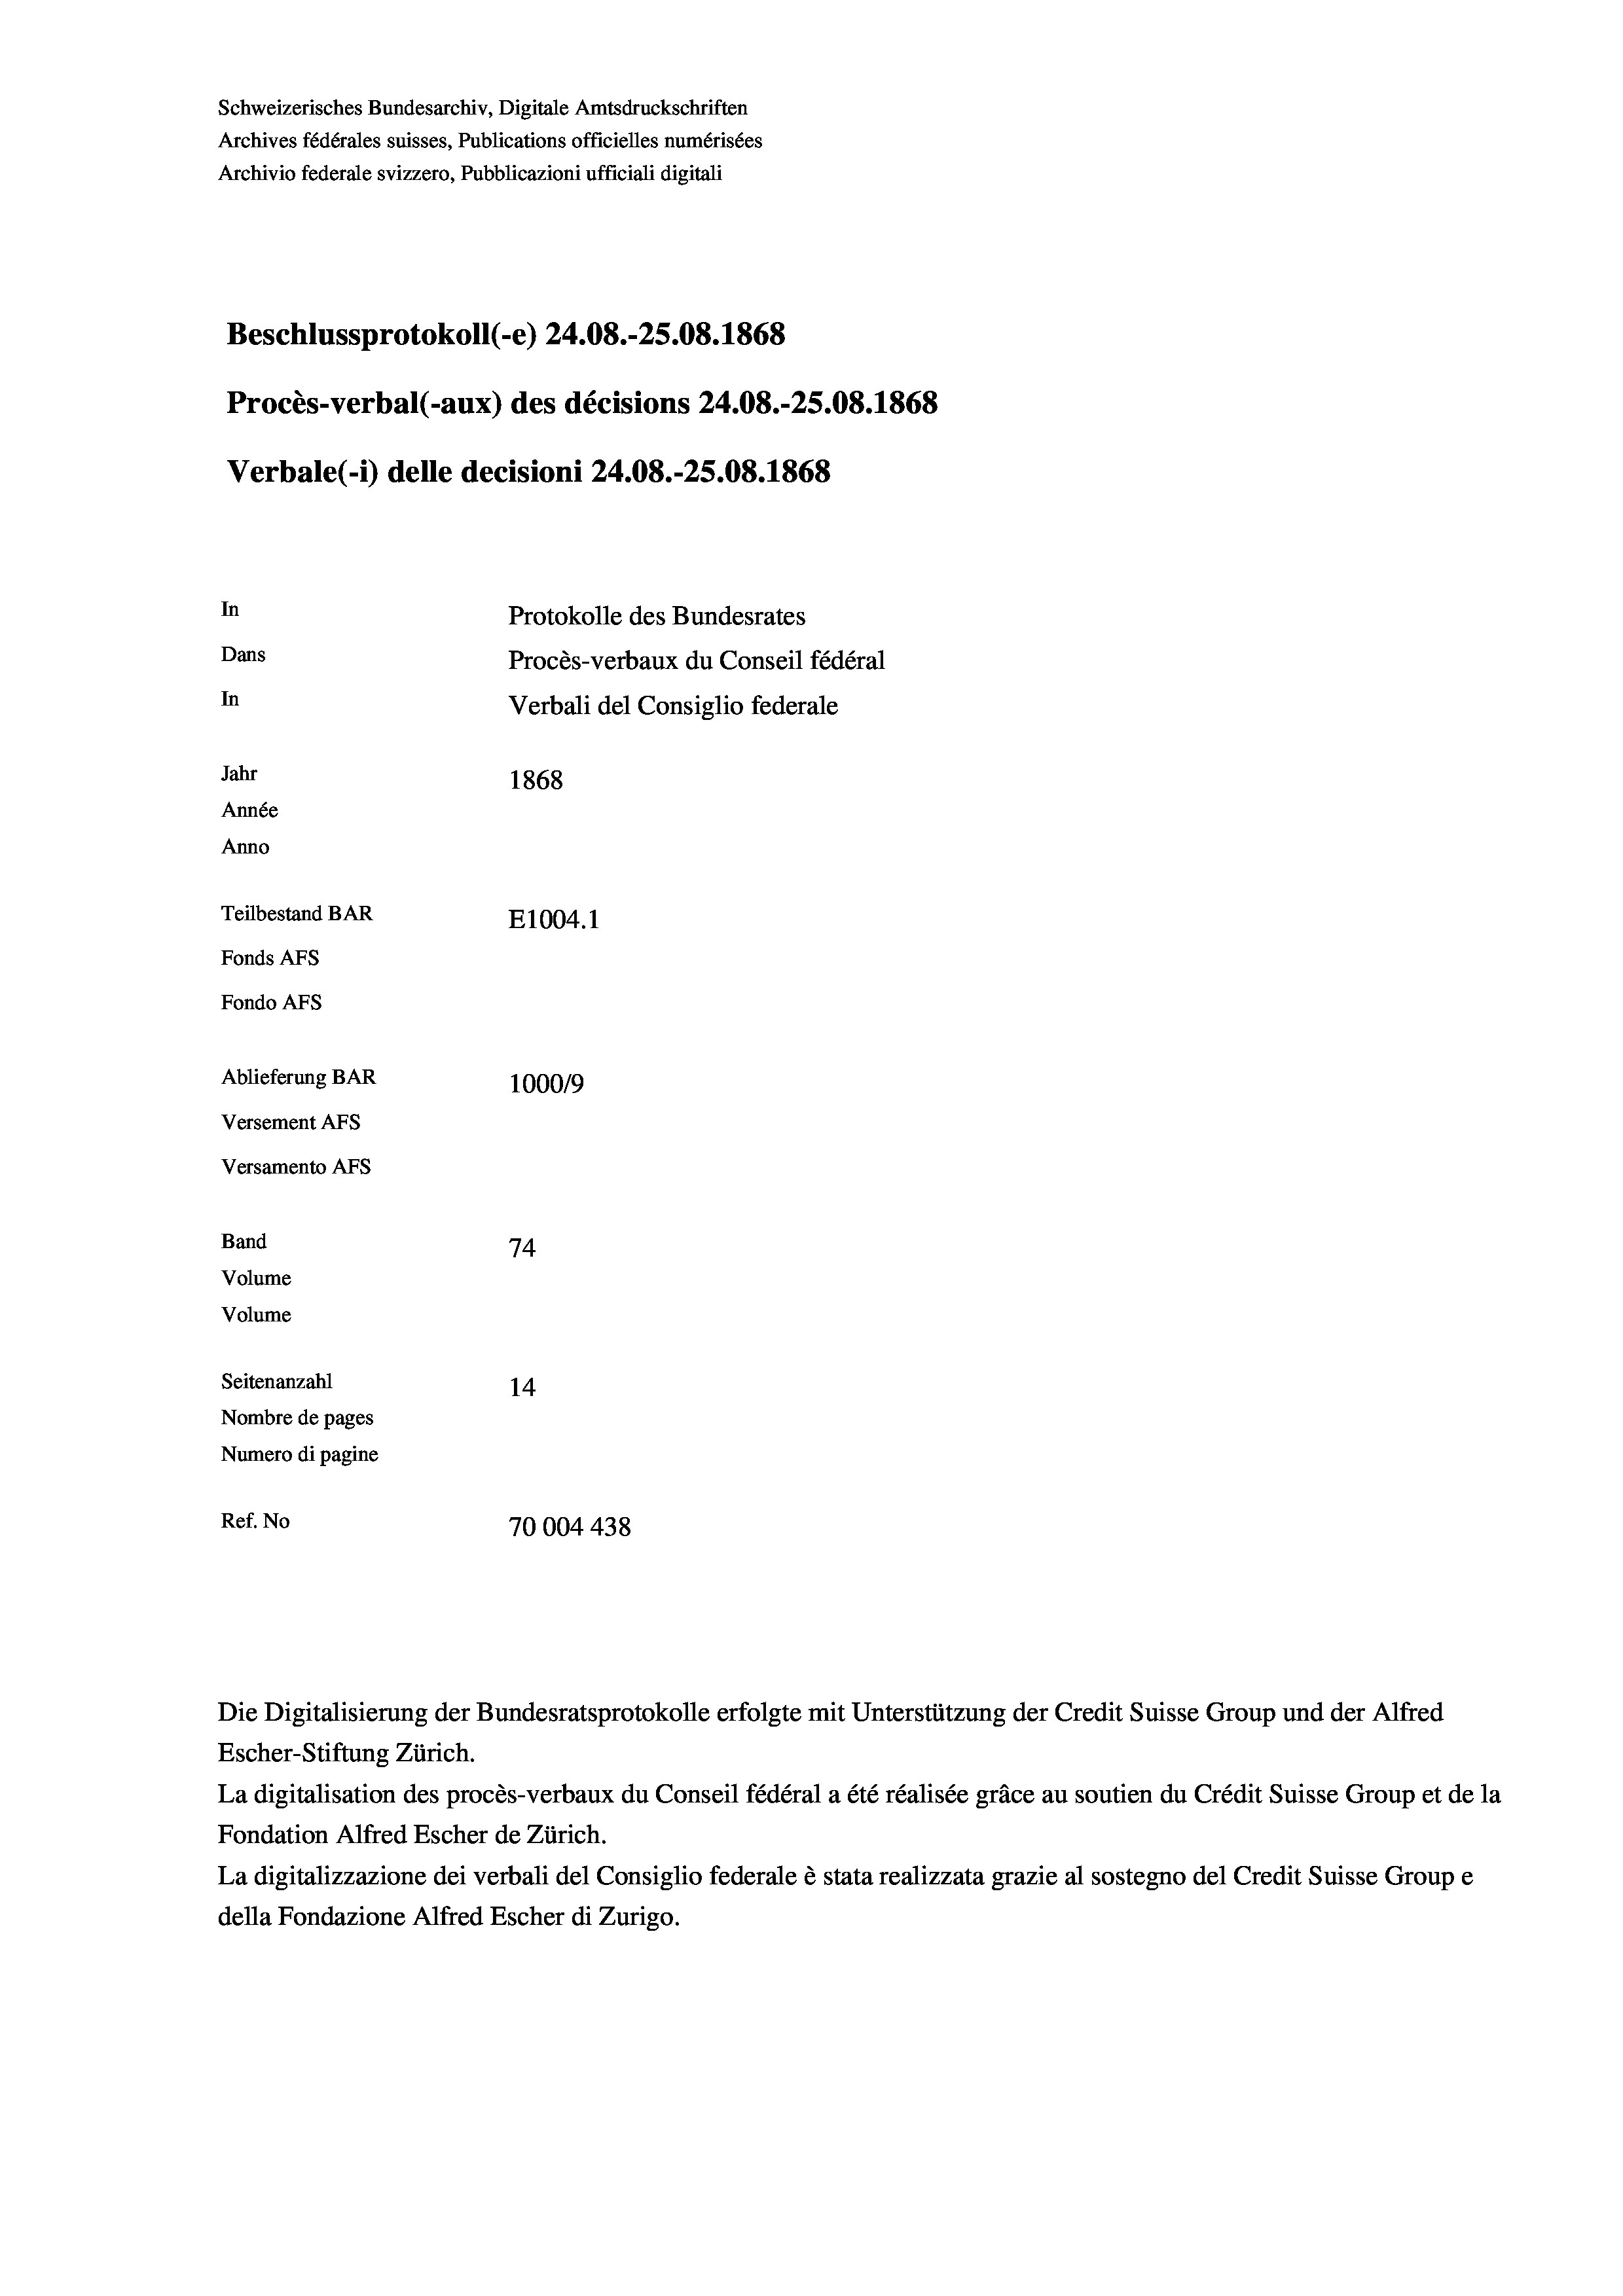
Schweizerisches Bundesarchiv, Digitale Amtsdruckschriften
Archives fédérales suisses, Publications officielles numérisées
Archivio federale svizzero, Pubblicazioni ufficiali digitali
Beschlussprotokoll (-e) 24.08.-25.08. 1868
Procès-verbal (-aux) des décisions 24.08.-25.08. 1868
Verbale (i) delle decisioni 24.08.-25.08. 1868
In
Protokolle des Bundesrates
Dans
Procès-verbaux du Conseil fédéral
In
Verbali del Consiglio federale
Jahr
1868
Année
Anno
Teilbestand BAR
E1004. 1
Fonds AFs
Fondo Afs
Ablieferung BAR
100019
Versement AFs
Versamento Afs
Band
74
Volume
Volume
Seitenanzahl
14
Nombre de pages
Numero di pagine
Ref. No
70004 438

Die Digitalisierung der Bundesratsprotokolle erfolgte mit Unterstützung der Credit Suisse Group und der Alfred
Escher-Stiftung Zürich.
La digitalisation des procès-verbaux du Conseil fédéral a été réalisée gräce au soutien du Crédit Suisse Group et de la
Fondation Alfred Escher de Zürich.
La digitalizzazione dei verbali del Consiglio federale è stata realizzata grazie al sostegno del Credit Suisse Groupe
della Fondazione Alfred Escher di Zurigo.